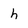
Character: h